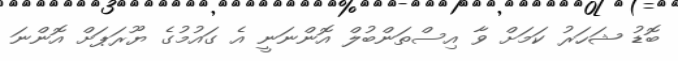
ބޮޑު ޝަހަރު ކަމަށް ވާ އިސްތަންބުލް އޮންނަނީ އެ ގައުމުގެ ޔޫރަޕަށް އޮންނަ